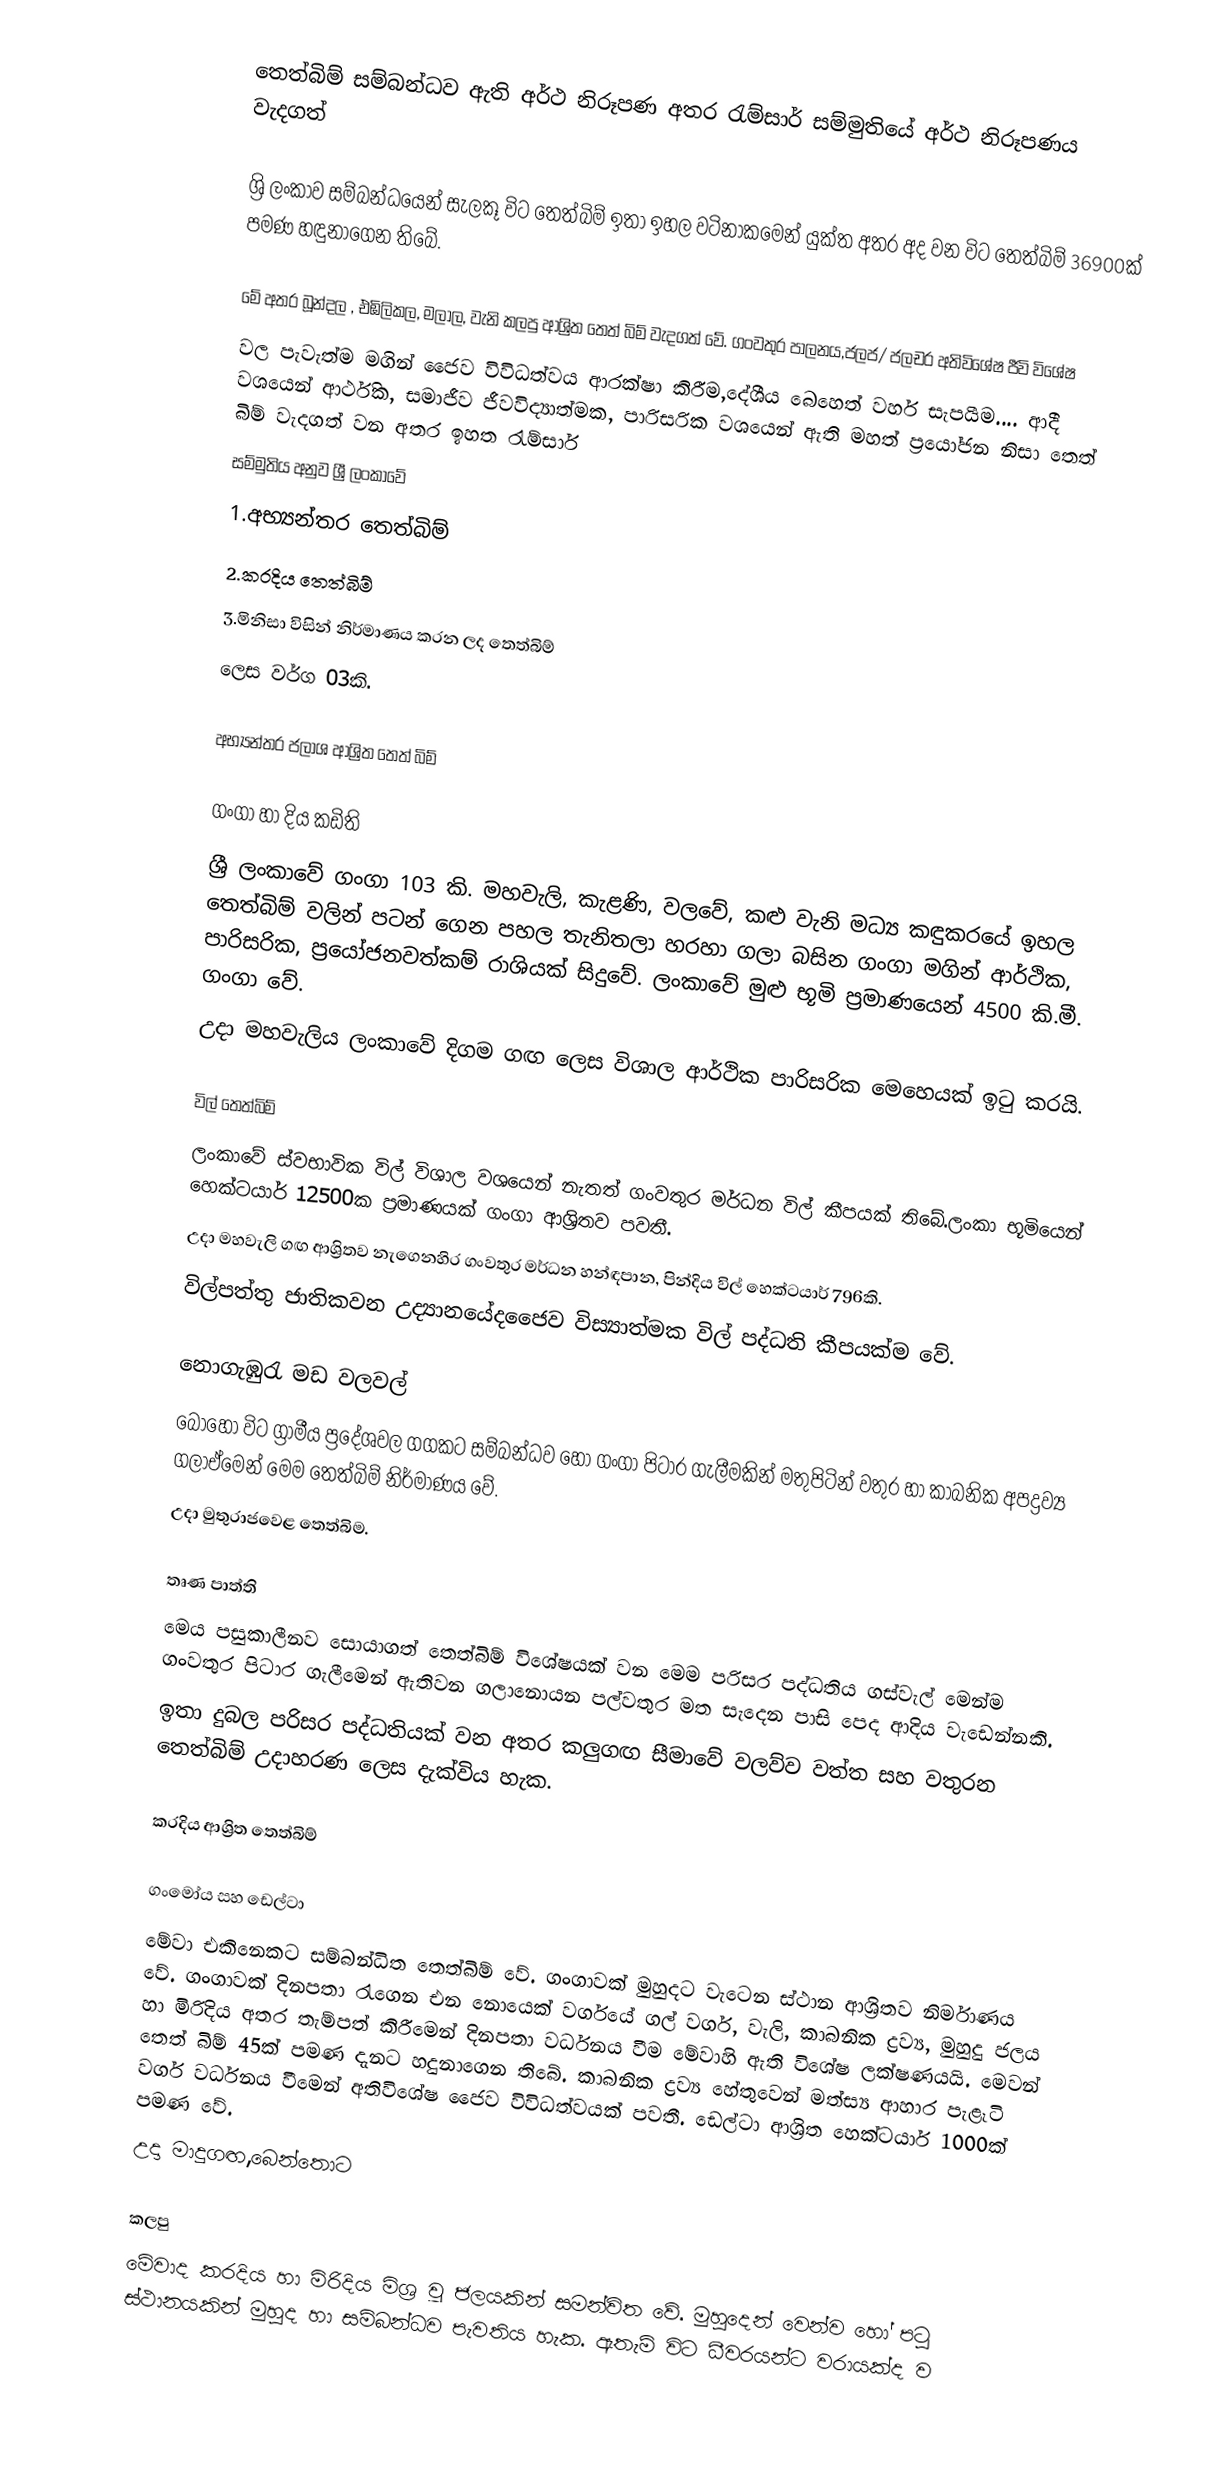
තෙත්බිම් සම්බන්ධව ඇති අර්ථ නිරූපණ අතර රැම්සාර් සම්මුතියේ අර්ථ නිරූපණය වැදගත්

				ශ්‍රි ලංකාව සම්බන්ධයෙන් සැලකූ විට තෙත්බිම් ඉතා ඉහල වටිනාකමෙන් යුක්ත අතර අද වන විට තෙත්බිම් 36900ක් පමණ හඳුනාගෙන තිබේ.

මේ අතර බූන්දල , එඹිලිකල, මලාල, වැනි කලපු ආශ්‍රිත තෙත් බිම් වැදගත් වේ. ගංවතුර පාලනය,ජලජ/ ජලචර අතිවි‍‍ශේෂ ජීවි විශේෂ
වල පැවැත්ම මගින් ජෛව විවිධත්වය ආරක්ෂා කිරීම,‍දේශීය ‍බෙහෙත් වර්හ සැපයීම.... ආදී වශයෙන් ආර්ථික, සමාජීව ජීවවිද්‍යාත්මක, පාරිසරික වශයෙන් ඇති මහත් ප්‍රයෝජන  නිසා තෙත් බිම් වැදගත්  වන අතර ඉහත රැම්සාර්
සම්මුතිය අනුව ශ්‍රී ලංකාවේ
		1.අභ්‍යන්තර ‍තෙත්බිම්
		2.කරදිය තෙත්බිම්
		3.මිනිසා විසින් නිර්මාණය කරන ලද තෙත්බිම්
	ලෙස වර්ග 03කි.

අභ්‍යන්තර ජලාශ ආශ්‍රිත තෙත් බිම්

ගංගා හා දිය කඩිති
ශ්‍රී ලංකාවේ ගංගා 103 කි. මහවැලි, කැළණි, වලවේ, කළු වැනි මධ්‍ය කඳුකරයේ ඉහල තෙත්බිම් වලින් පටන් ගෙන පහල තැනිතලා හරහා ගලා බසින ගංගා මගින් ආර්ථික, පාරිසරික,  ප්‍රයෝජනවත්කම් රාශියක් සිදුවේ. ලංකාවේ මුළු භූමි ප්‍රමාණයෙන් 4500 කි.මී. ගංගා වේ.
උදා  මහවැලිය ලංකාවේ දිගම ගඟ ලෙස විශාල ආර්ථික පාරිසරික මෙහෙයක් ඉටු කරයි.

විල් තෙත්බිම්
ලංකාවේ ස්වභාවික විල් විශාල වශයෙන් නැතත් ගංවතුර මර්ධන විල් කීපයක් තිබේ.ලංකා භූමියෙන් හෙක්ටයාර් 12500ක ප්‍රමාණයක් ගංගා ආශ්‍රිතව පවතී.
උදා    මහවැලි ගඟ ආශ්‍රිතව නැගෙනහිර ගංවතුර මර්ධන හන්ඳපාන, පින්දිය විල් හෙක්ටයාර් 796කි.
විල්පත්තු ජාතිකවන උද්‍යානයේදජෛව විස්‍යාත්මක විල් පද්ධති කීපයක්ම වේ.

නොගැඹුරැ මඩ වලවල්
බොහෝ විට ග්‍රාමීය ප්‍රදේශවල ගගකට සම්බන්ධව හෝ ගංගා පිටාර ගැලීමකින් මතුපිටින් වතුර හා කාබනික අපද්‍රව්‍ය ගලාඒමෙන් මෙම තෙත්බිම් නිර්මාණය වේ.
උදා   මුතුරාජවෙළ තෙත්බිම.

තෘණ පාත්ති
මෙය පසුකාලීනව සොයාගත් තෙත්බිම් විශේෂයක් වන මෙම පරිසර පද්ධතිය ගස්වැල් මෙන්ම ගංවතුර පිටාර ගැලීමෙන් ඇතිවන ගලානොයන පල්වතුර මත සැදෙන පාසි පෙද ආදිය වැඩෙන්නකි.
ඉතා දුබල පරිසර පද්ධතියක් වන අතර කලුගඟ සීමාවේ වලව්ව වත්ත සහ වතුරන තෙත්බිම් උදාහරණ ලෙස දැක්විය හැක.

කරදිය ආශ්‍රිත තෙත්බිම්

ගංමෝය සහ ඩෙල්ටා
මේවා එකිනෙකට සම්බන්ධිත තෙත්බිම් වේ. ගංගාවක් මුහුදට වැටෙන ස්ථාන ආශ්‍රිතව නිර්මාණය වේ. ගංගාවක් දිනපතා රැගෙන එන නොයෙක් වර්ගයේ ගල් වර්ග, වැලි, කාබනික ද්‍රව්‍ය, මුහුදු ජලය හා මිරිදිය අතර තැම්පත් කිරීමෙන් දිනපතා වර්ධනය වීම මේවාහි ඇති විශේෂ ලක්ෂණයයි. මෙවන් තෙත් බිම් 45ක් පමණ දැනට හදුනාගෙන තිබේ. කාබනික ද්‍රව්‍ය හේතුවෙන් මත්ස්‍ය ආහාර පැළෑටි වර්ග වර්ධනය වීමෙන් අතිවිශේෂ ජෛව විවිධත්වයක් පවතී. ඩෙල්ටා ආශ්‍රිත හෙක්ටයාර් 1000ක් පමණ වේ.
උදා මාදුගඟ,බෙන්තොට

කලපු
මේවාද කරදිය හා මිරිදිය මිශ්‍ර වූ ජලයකින් සමන්විත වේ. මුහුදෙන් වෙන්ව හෝ පටු ස්ථානයකින් මුහුද හා සම්බන්ධව පැවතිය හැක. ඇතැම් විට ධීවරයන්ට වරායක්ද ව